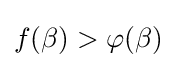
f(\beta )>\varphi (\beta )